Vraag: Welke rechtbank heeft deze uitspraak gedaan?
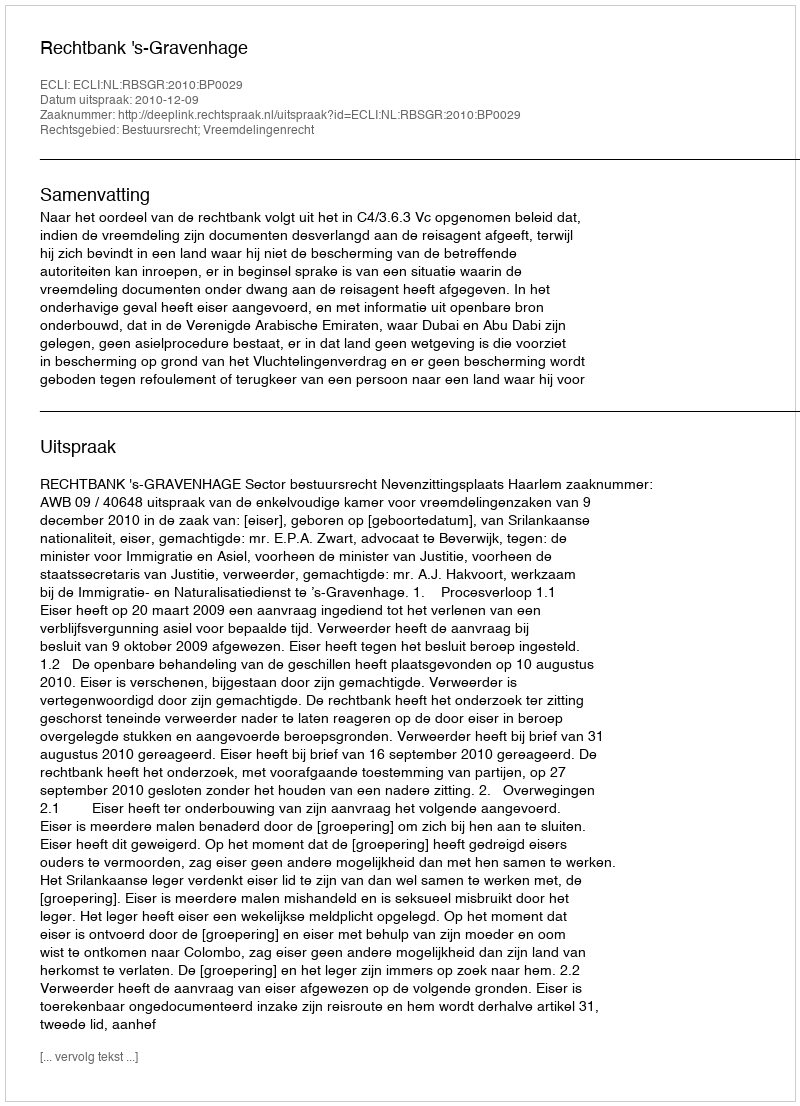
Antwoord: Rechtbank 's-Gravenhage